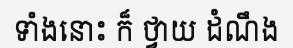
ទាំងនោះ ក៏ ថ្វាយ ដំណឹង